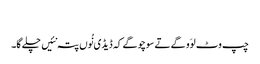
‏
چپ وٹ لوَو گے تے سوچو گے کہ ڈیڈی نُوں پتہ نئیں چلے گا۔